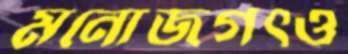
মনোজগৎও